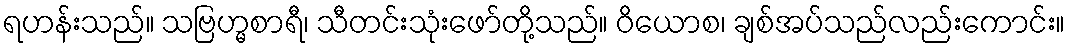
ရဟန်းသည်။ သဗြဟ္မစာရီ၊ သီတင်းသုံးဖော်တို့သည်။ ဝိယောစ၊ ချစ်အပ်သည်လည်းကောင်း။